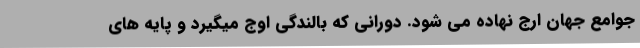
جوامع جهان ارج نهاده می شود. دورانی که بالندگی اوج میگیرد و پایه های